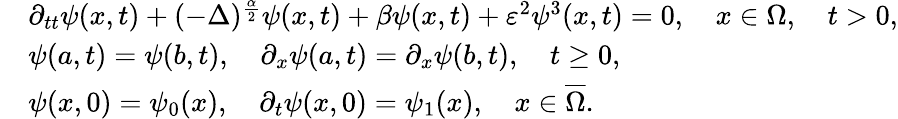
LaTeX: \begin{array}{rl}&{\partial_{tt}\psi(x,t)+(-\Delta)^{\frac{\alpha}{2}}\psi(x,t)+\beta\psi(x,t)+\varepsilon^{2}\psi^{3}(x,t)=0,\quad x\in\Omega,\quad t>0,}\\ &{\psi(a,t)=\psi(b,t),\quad\partial_{x}\psi(a,t)=\partial_{x}\psi(b,t),\quad t\geq 0,}\\ &{\psi(x,0)=\psi_{0}(x),\quad\partial_{t}\psi(x,0)=\psi_{1}(x),\quad x\in\overline{{\Omega}}.}\end{array}